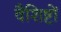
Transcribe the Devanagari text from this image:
वैशिष्टों